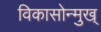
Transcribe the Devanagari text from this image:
विकासोन्मुख्